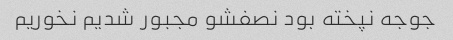
جوجه نپخته بود نصفشو مجبور شدیم نخوریم